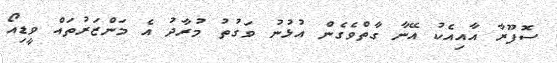
ސޮފޫރާ އާއިއެކު އޭނާ ގާތްވެގެން އުޅުނު ވަގުތު މުރާދު އެ މަންޒަރުތައް ވީޑިއޯ